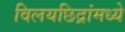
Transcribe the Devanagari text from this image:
विलयछिद्रांमध्ये